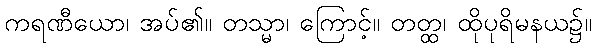
ကရဏီယော၊ အပ်၏။ တသ္မာ၊ ကြောင့်။ တတ္ထ၊ ထိုပုရိမနယ၌။